Note on the mental hospitals in Burma - 1925-1940
Year: 1925
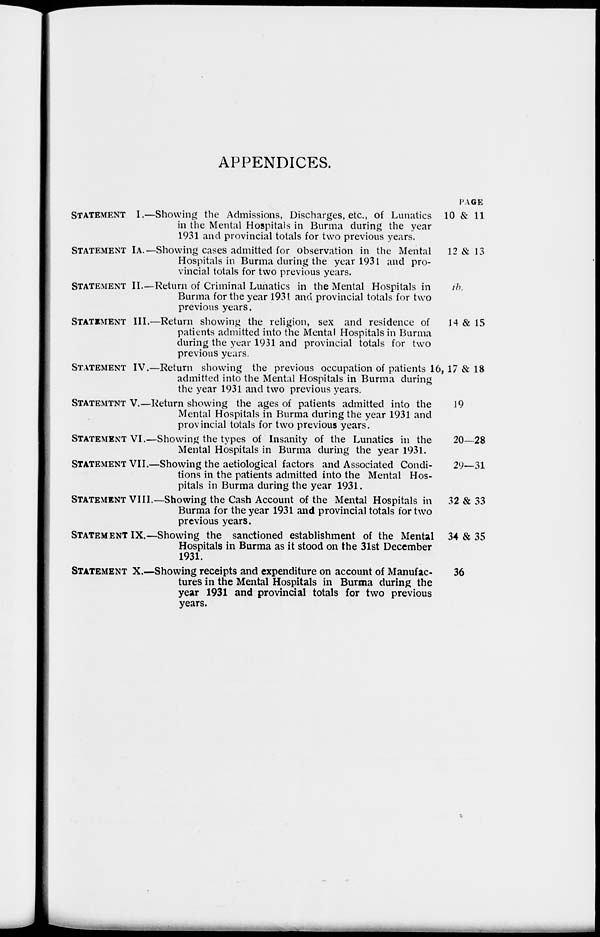
APPENDICES.
STATEMENT
I.—
STATEMENT IA.—
STATEMENT II.—
STATEMENT III.—
STATEMENT IV.—
STATEMENT
V.—
STATEMENT VI .—
STATEMENT VII.—
STATEMENT VIII.—
STATEMENT IX.—
STATEMENT X.—
Showing the Admissions, Discharges, etc., of Lunatics
in the Mental Hospitals in Burma during the year
1931 and provincial totals for two previous years.
Showing cases admitted for observation in the Mental
Hospitals in Burma during the year 1931 and pro-
vincial totals for two previous years.
Return of Criminal Lunatics in the Mental Hospitals in
Burma for the year 1931 and provincial totals for two
previous years.
Return showing the religion, sex and residence of
patients admitted into the Mental Hospitals in Burma
during the year 1931 and provincial totals for two
previous years.
Return showing the previous occupation of patients
admitted into the Mental Hospitals in Burma during
the year 1931 and two previous years.
Return showing the ages of patients admitted into the
Mental Hospitals in Burma during the year 1931 and
provincial totals for two previous years.
Showing the types of Insanity of the Lunatics in the
Mental Hospitals in Burma during the year 1931.
Showing the aetiological factors and Associated Condi-
tions in the patients admitted into the Mental Hos-
pitals in Burma during the year 1931.
Showing the Cash Account of the Mental Hospitals in
Burma for the year 1931 and provincial totals for two
previous years.
Showing the sanctioned establishment of the Mental
Hospitals in Burma as it stood on the 31st December
1931.
Showing receipts and expenditure on account of Manufac-
tures in the Mental Hospitals in Burma during the
year 1931 and provincial totals for two previous
years.
PAGE
10 & 11
12 & 13
ib.
14 & 15
16, 17 & 18
19
20—28
29—31
32 & 33
34 & 35
36